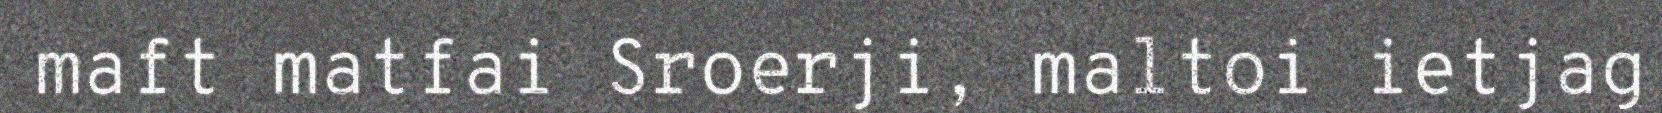
maft matfai Sroerji, maltoi ietjag